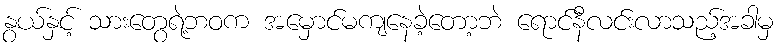
နွယ်နှင့် သားတွေရဲ့ဘဝက အမှောင်မကျနေခဲ့တော့ဘဲ ရောင်နီလင်းလာသည့်အခါမှ